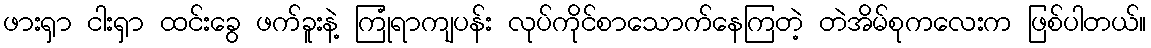
ဖားရှာ ငါးရှာ ထင်းခွေ ဖက်ခူးနဲ့ ကြုံရာကျပန်း လုပ်ကိုင်စာသောက်နေကြတဲ့ တဲအိမ်စုကလေးက ဖြစ်ပါတယ်။